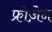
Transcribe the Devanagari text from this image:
फ्रोज़ेन